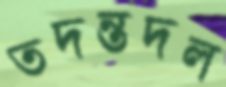
তদন্তদল